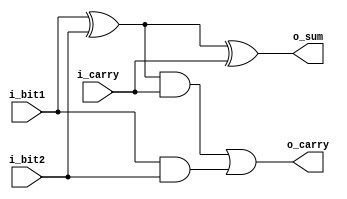
module full_adder 
            ( 
              input i_bit1,
              input i_bit2,
              input i_carry,
              output o_sum,
              output o_carry );


assign o_sum = i_bit1 ^ i_bit2 ^ i_carry;
assign o_carry = ((i_bit1 ^ i_bit2) & i_carry) | (i_bit1 & i_bit2);        
endmodule